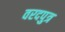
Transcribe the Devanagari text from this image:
वरदपुत्र